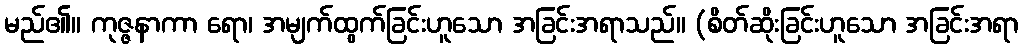
မည်၏။ ကုဇ္ဇနာကာ ရော၊ အမျက်ထွက်ခြင်းဟူသော အခြင်းအရာသည်။ (စိတ်ဆိုးခြင်းဟူသော အခြင်းအရာ